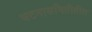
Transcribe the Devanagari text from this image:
घटनासमितीतील